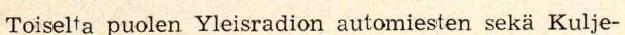
Toiselta puolen Yleisradion automiesten sekä Kulje-